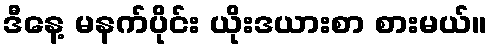
ဒီနေ့ မနက်ပိုင်း ယိုးဒယားစာ စားမယ်။